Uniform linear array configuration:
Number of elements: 64
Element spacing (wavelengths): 1
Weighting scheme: binomial
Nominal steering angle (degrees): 45
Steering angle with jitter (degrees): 44.843
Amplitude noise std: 0.05
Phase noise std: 0.05

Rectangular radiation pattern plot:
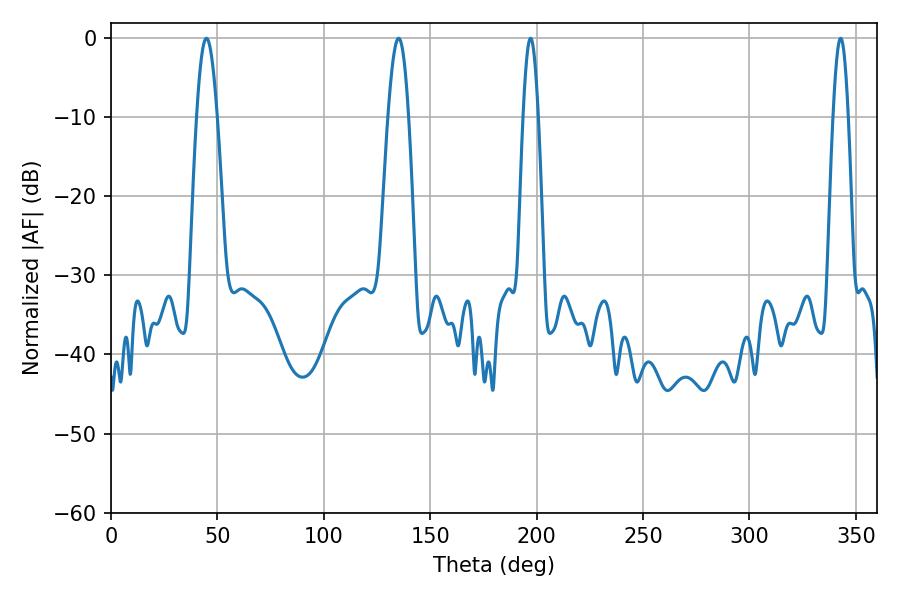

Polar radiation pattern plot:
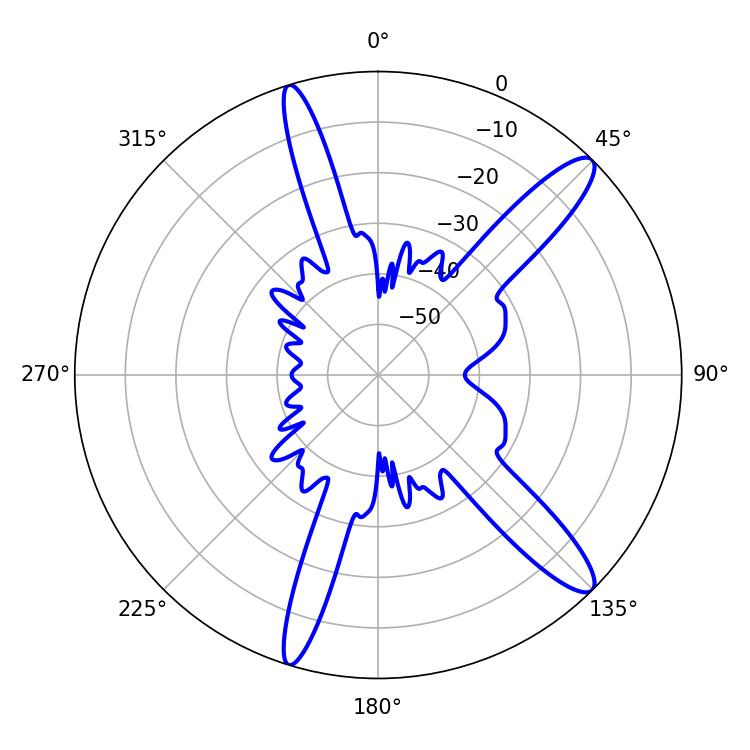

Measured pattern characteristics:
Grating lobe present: TRUE
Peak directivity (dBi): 13.111
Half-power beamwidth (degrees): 5.22
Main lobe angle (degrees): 44.82